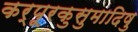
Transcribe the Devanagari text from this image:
कर्पूरकुसुमादिषु